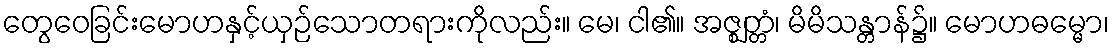
တွေဝေခြင်းမောဟနှင့်ယှဉ်သောတရားကိုလည်း။ မေ၊ ငါ၏။ အဇ္ဈတ္တံ၊ မိမိသန္တာန်၌။ မောဟဓမ္မော၊